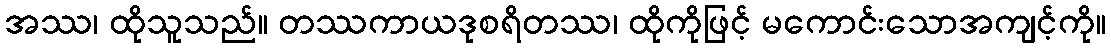
အဿ၊ ထိုသူသည်။ တဿကာယဒုစရိတဿ၊ ထိုကိုဖြင့် မကောင်းသောအကျင့်ကို။